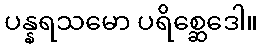
ပန္နရသမော ပရိစ္ဆေဒေါ။